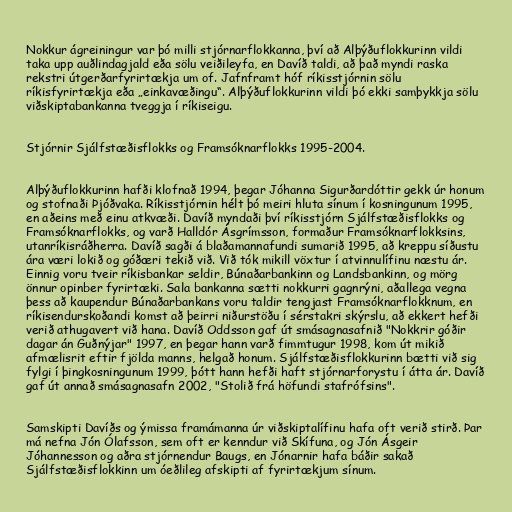
Nokkur ágreiningur var þó milli stjórnarflokkanna, því að Alþýðuflokkurinn vildi
taka upp auðlindagjald eða sölu veiðileyfa, en Davíð taldi, að það myndi raska
rekstri útgerðarfyrirtækja um of. Jafnframt hóf ríkisstjórnin sölu
ríkisfyrirtækja eða „einkavæðingu“. Alþýðuflokkurinn vildi þó ekki samþykkja sölu
viðskiptabankanna tveggja í ríkiseigu.

Stjórnir Sjálfstæðisflokks og Framsóknarflokks 1995-2004.

Alþýðuflokkurinn hafði klofnað 1994, þegar Jóhanna Sigurðardóttir gekk úr honum
og stofnaði Þjóðvaka. Ríkisstjórnin hélt þó meiri hluta sínum í kosningunum 1995,
en aðeins með einu atkvæði. Davíð myndaði því ríkisstjórn Sjálfstæðisflokks og
Framsóknarflokks, og varð Halldór Ásgrímsson, formaður Framsóknarflokksins,
utanríkisráðherra. Davíð sagði á blaðamannafundi sumarið 1995, að kreppu síðustu
ára væri lokið og góðæri tekið við. Við tók mikill vöxtur í atvinnulífinu næstu ár.
Einnig voru tveir ríkisbankar seldir, Búnaðarbankinn og Landsbankinn, og mörg
önnur opinber fyrirtæki. Sala bankanna sætti nokkurri gagnrýni, aðallega vegna
þess að kaupendur Búnaðarbankans voru taldir tengjast Framsóknarflokknum, en
ríkisendurskoðandi komst að þeirri niðurstöðu í sérstakri skýrslu, að ekkert hefði
verið athugavert við hana. Davíð Oddsson gaf út smásagnasafnið "Nokkrir góðir
dagar án Guðnýjar" 1997, en þegar hann varð fimmtugur 1998, kom út mikið
afmælisrit eftir fjölda manns, helgað honum. Sjálfstæðisflokkurinn bætti við sig
fylgi í þingkosningunum 1999, þótt hann hefði haft stjórnarforystu í átta ár. Davíð
gaf út annað smásagnasafn 2002, "Stolið frá höfundi stafrófsins".

Samskipti Davíðs og ýmissa framámanna úr viðskiptalífinu hafa oft verið stirð. Þar
má nefna Jón Ólafsson, sem oft er kenndur við Skífuna, og Jón Ásgeir
Jóhannesson og aðra stjórnendur Baugs, en Jónarnir hafa báðir sakað
Sjálfstæðisflokkinn um óeðlileg afskipti af fyrirtækjum sínum.